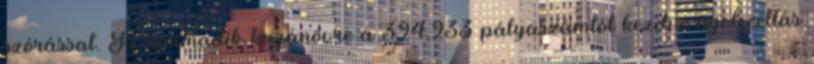
szórással. A harmadik kazánövre a 324,233 pályaszámtól kezdve nyolccellás